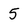
Character: 5